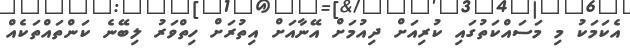
އެކަމަކު މި މަސައްކަތުގައި ކުރިއަށް ދިއުމަށް އޭނާއަށް އިތުރަށް ހިތްވަރު ލިބޭނެ ކަންތައްތަކެއް